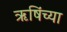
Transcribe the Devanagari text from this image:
ऋषिंच्या